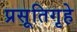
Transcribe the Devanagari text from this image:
प्रसूतिगृहे